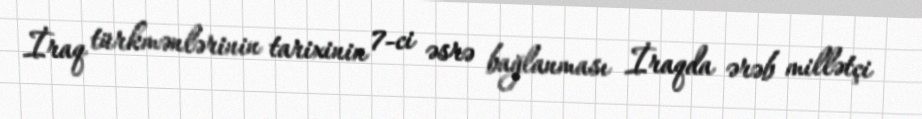
İraq türkmənlərinin tarixinin 7-ci əsrə bağlanması İraqda ərəb millətçi